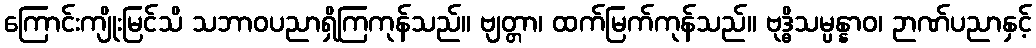
ကြောင်းကျိုးမြင်သိ သဘာဝပညာရှိကြကုန်သည်။ ဗျတ္တာ၊ ထက်မြက်ကုန်သည်။ ဗုဒ္ဓိသမ္ပန္နာဝ၊ ဉာဏ်ပညာနှင့်